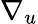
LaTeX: \nabla_{u}